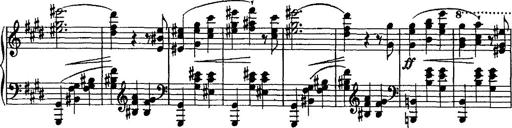
Title: Valse mÃ©lancolique
Composer: Paul Vidal
Key: F-sharp minor